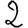
Digit: 2